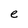
Character: e